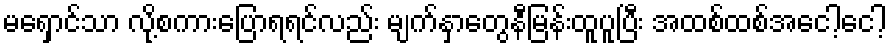
မရှောင်သာ လို့စကားပြောရရင်လည်း မျက်နှာတွေနီမြန်းထူပူပြီး အထစ်ထစ်အငေါ့ငေါ့